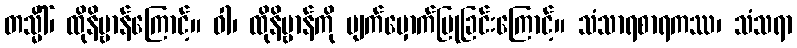
တသ္မိံါ်၊ ထိုနိဗ္ဗာန်ကြောင့်။ ဝါ၊ ထိုနိဗ္ဗာန်ကို မျက်မှောက်ပြုခြင်းကြောင့်။ သံသာရစာရကဿ၊ သံသရာ